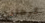
كرهائن